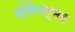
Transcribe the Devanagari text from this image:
संगेमर्मर